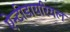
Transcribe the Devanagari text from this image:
ऐन्टीडायरियल